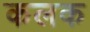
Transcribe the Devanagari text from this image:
कलक